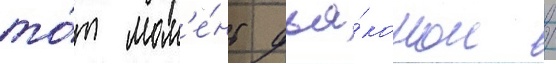
то́т мом'е́нт дья́коном /